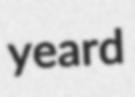
yeard